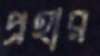
প্রহার